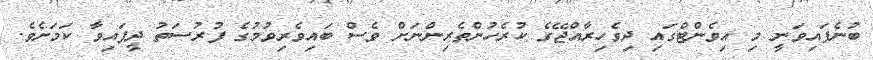
ބުނެފައިވަނީ މި އިވެންޓްގައި ދިވެހިރާއްޖޭގެ ކުރެހުންތެރިންނަށް ވެސް ބައިވެރިވުމުގެ ފުރުސަތު ދީފައިވާ ކަމަށެވެ.